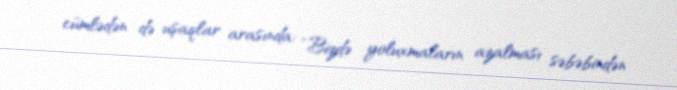
cümlədən də uşaqlar arasında: “Bizdə yoluxmaların azalması səbəbindən